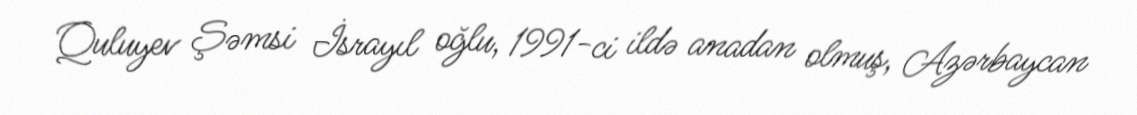
Quluyev Şəmsi İsrayıl oğlu, 1991-ci ildə anadan olmuş, Azərbaycan